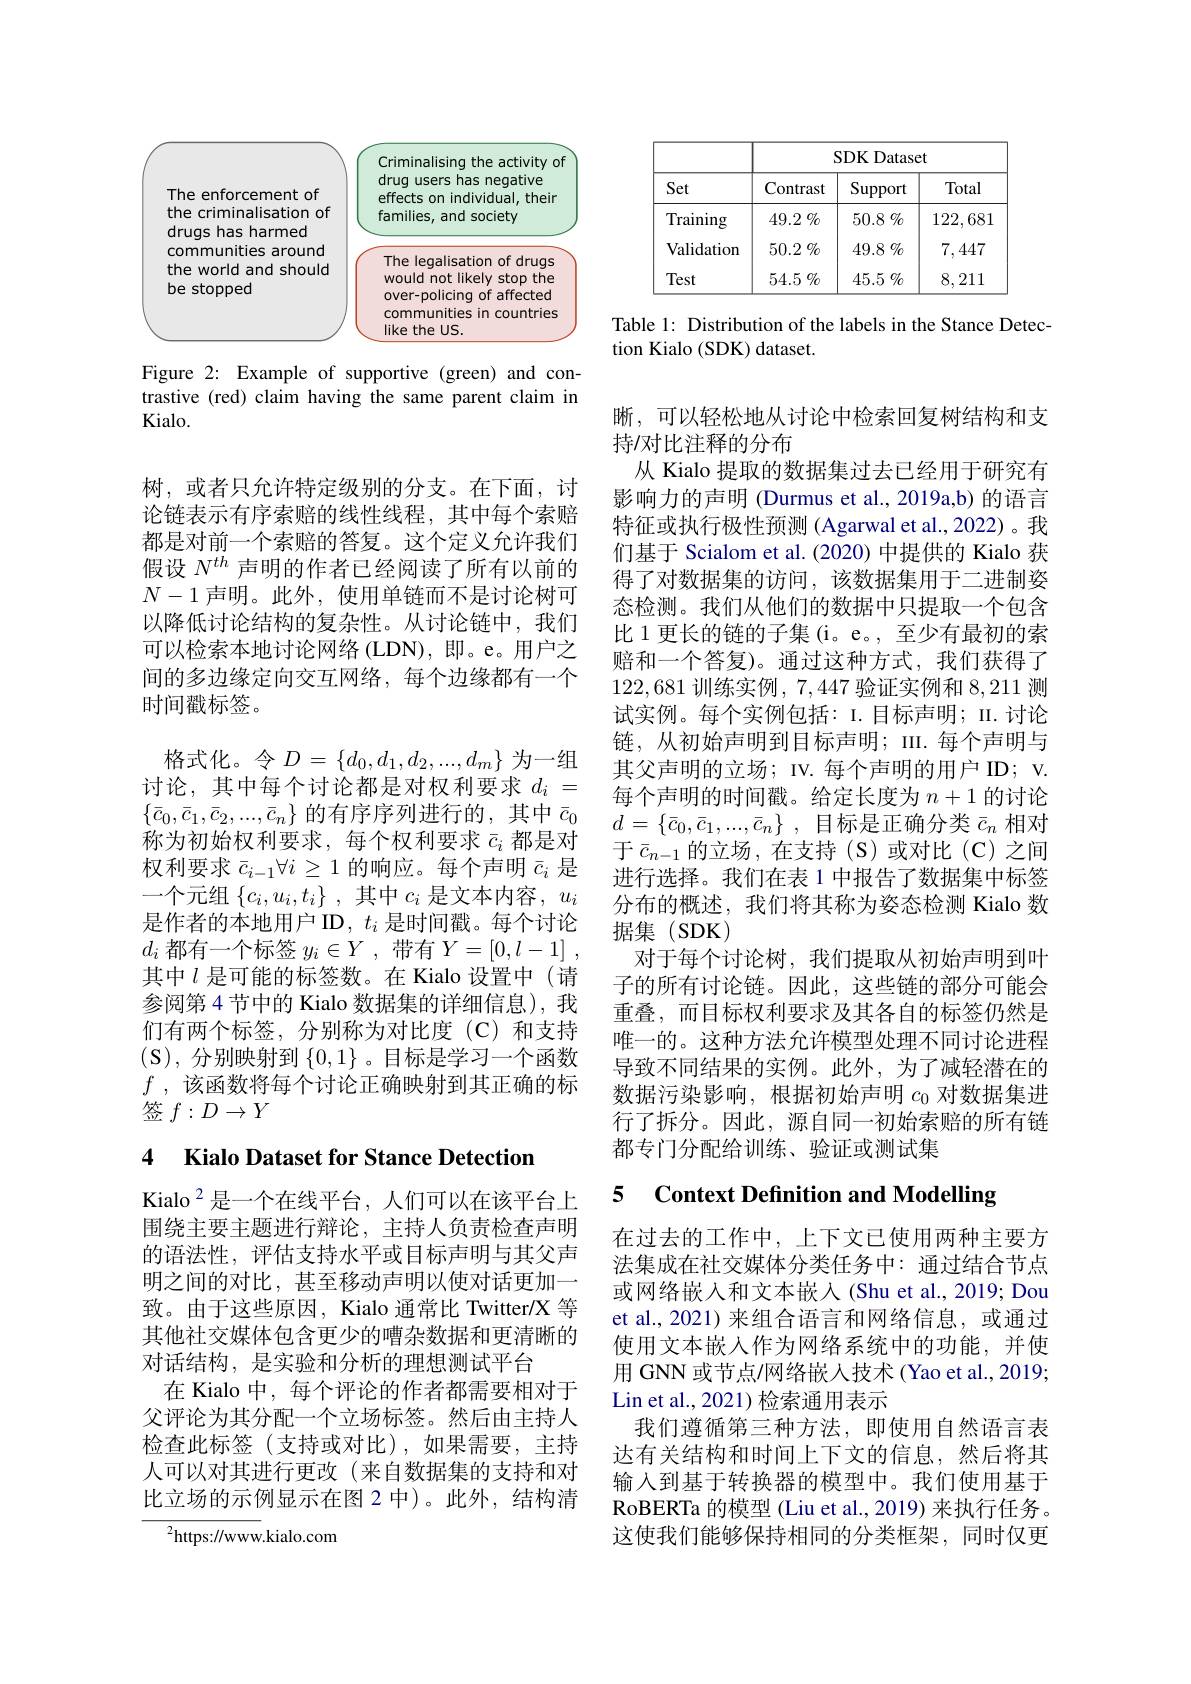
<FigureHere>

Figure 2: Example of supportive (green) and contrastive (red) claim having the same parent claim in Kialo.

树，或者只允许特定级别的分支。在下面，讨论链表示有序索赔的线性线程，其中每个索赔都是对前一个索赔的答复。这个定义允许我们假设$N^{th}$声明的作者已经阅读了所有以前的$N-1$声明。此外，使用单链而不是讨论树可以降低讨论结构的复杂性。从讨论链中，我们可以检索本地讨论网络(LDN),即。e。用户之间的多边缘定向交互网络，每个边缘都有一个时间戳标签。
格式化。令$D=\left\{d_0,d_1,d_2,...,d_m\right\}$为一组讨论，其中每个讨论都是对权利要求$d_i=$ $\{\bar{c}_0,\bar{c}_1,\bar{c}_2,...,\bar{c}_n\}$的有序序列进行的，其中$\bar{c}_0$ 称为初始权利要求，每个权利要求$\bar{c}_i$都是对权利要求$\bar{c}_{i-1}\forall i\geq1$的响应。每个声明$\bar{c}_i$是一个元组$\{ c_i, u_i, t_i\}$ ,其中$c_i$是文本内容，$u_i$ 是作者的本地用户 ID $,t_i$是时间戳。每个讨论$d_i$都有一个标签$y_i\in Y$,带有$Y= [ 0, l- 1]$ , 其中$l$ 是可能的标签数。在 Kialo 设置中(请参阅第 4 节中的 Kialo 数据集的详细信息), 我们有两个标签，分别称为对比度(C)和支持(S),分别映射到$\{0,1\}$。目标是学习一个函数$f$ , 该函数将每个讨论正确映射到其正确的标签$f:D\to Y$

## 4 Kialo Dataset for Stance Detection

Kialo$^{2}$是一个在线平台，人们可以在该平台上围绕主要主题进行辩论，主持人负责检查声明的语法性，评估支持水平或目标声明与其父声明之间的对比，甚至移动声明以使对话更加一致。由于这些原因，Kialo 通常比 Twitter/X 等其他社交媒体包含更少的嘈杂数据和更清晰的对话结构，是实验和分析的理想测试平台
在 Kialo 中，每个评论的作者都需要相对于父评论为其分配一个立场标签。然后由主持人检查此标签(支持或对比),如果需要，主持人可以对其进行更改(来自数据集的支持和对比立场的示例显示在图 2 中)。此外，结构清

$^{2}$https://www.kialo.com

<table>
	<tbody>
		<tr>
			<th rowspan="2">Set</th>
			<th colspan="3">SDK Dataset</th>
		</tr>
		<tr>
			<th>Contrast</th>
			<th>Support</th>
			<th>Total</th>
		</tr>
		<tr>
			<td>Training</td>
			<td>49.2 $\%$</td>
			<td>$50.8\not\sim_{0}$</td>
			<td>122,681</td>
		</tr>
		<tr>
			<td>Validation</td>
			<td>50.2 $\%$</td>
			<td>$49.8\%$</td>
			<td>7,447</td>
		</tr>
		<tr>
			<td>Test</td>
			<td>$54.5\%$</td>
			<td>$45.5\%$</td>
			<td>8, 211 </td>
		</tr>
	</tbody>
</table>

Table 1: Distribution of the labels in the Stance Detec-
tion Kialo (SDK) dataset.

晰，可以轻松地从讨论中检索回复树结构和支
持/对比注释的分布
从 Kialo 提取的数据集过去已经用于研究有影响力的声明 (Durmus et al., 2019a,b) 的语言特征或执行极性预测 (Agarwal et al.,2022)。我们基于 Scialom et al. (2020) 中提供的 Kialo 获得了对数据集的访问，该数据集用于二进制姿态检测。我们从他们的数据中只提取一个包含比 1 更长的链的子集 (i。e。, 至少有最初的索赔和一个答复)。通过这种方式，我们获得了122,681训练实例，7,447验证实例和8，211测试实例。每个实例包括：I.目标声明；II.讨论链，从初始声明到目标声明；III.每个声明与其父声明的立场；IV. 每个声明的用户 ID; v. 每个声明的时间戳。给定长度为$n+1$的讨论$d= \{ \bar{c} _0, \bar{c} _1, . . . , \bar{c} _n\}$ ,目标是正确分类$\bar{c}_n$相对于$\bar{c}_{n-1}$的立场，在支持(S)或对比(C)之间进行选择。我们在表 1 中报告了数据集中标签分布的概述，我们将其称为姿态检测 Kialo 数据集 (SDK)
对于每个讨论树，我们提取从初始声明到叶子的所有讨论链。因此，这些链的部分可能会重叠，而目标权利要求及其各自的标签仍然是唯一的。这种方法允许模型处理不同讨论进程导致不同结果的实例。此外，为了减轻潜在的数据污染影响，根据初始声明$c_0$对数据集进行了拆分。因此，源自同一初始索赔的所有链都专门分配给训练、验证或测试集

# 5 Context Definition and Modelling

在过去的工作中，上下文已使用两种主要方法集成在社交媒体分类任务中：通过结合节点或网络嵌入和文本嵌入(Shu et al., 2019; Dou et al., 2021) 来组合语言和网络信息，或通过使用文本嵌入作为网络系统中的功能，并使用 GNN 或节点/网络嵌入技术 (Yao et al., 2019; Lin et al., 2021) 检索通用表示
我们遵循第三种方法，即使用自然语言表达有关结构和时间上下文的信息，然后将其输入到基于转换器的模型中。我们使用基于RoBERTa 的模型 (Liu et al., 2019) 来执行任务。这使我们能够保持相同的分类框架，同时仅更